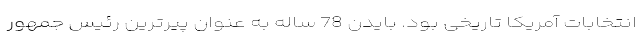
انتخابات آمریکا تاریخی بود. بایدن 78 ساله به عنوان پیرترین رئیس جمهور